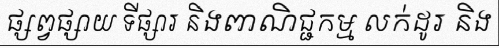
ផ្សព្វផ្សាយ ទីផ្សារ និងពាណិជ្ជកម្ម លក់ដូរ និង